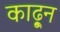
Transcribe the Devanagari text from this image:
काढू्न